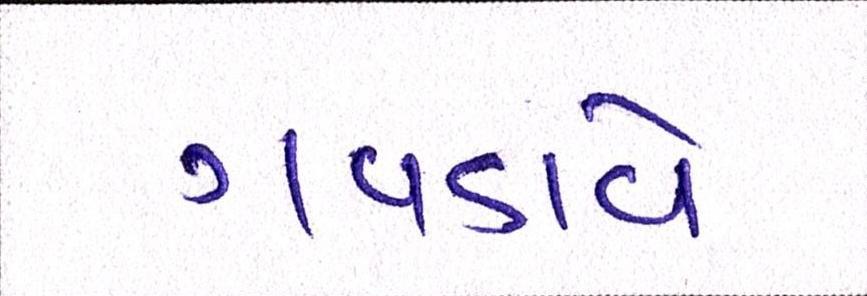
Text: ગવડાવે